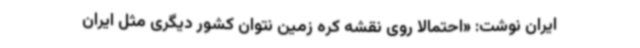
ایران نوشت: «احتمالاً روی نقشه کره‌ زمین نتوان کشور دیگری مثل ایران